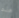
هذه